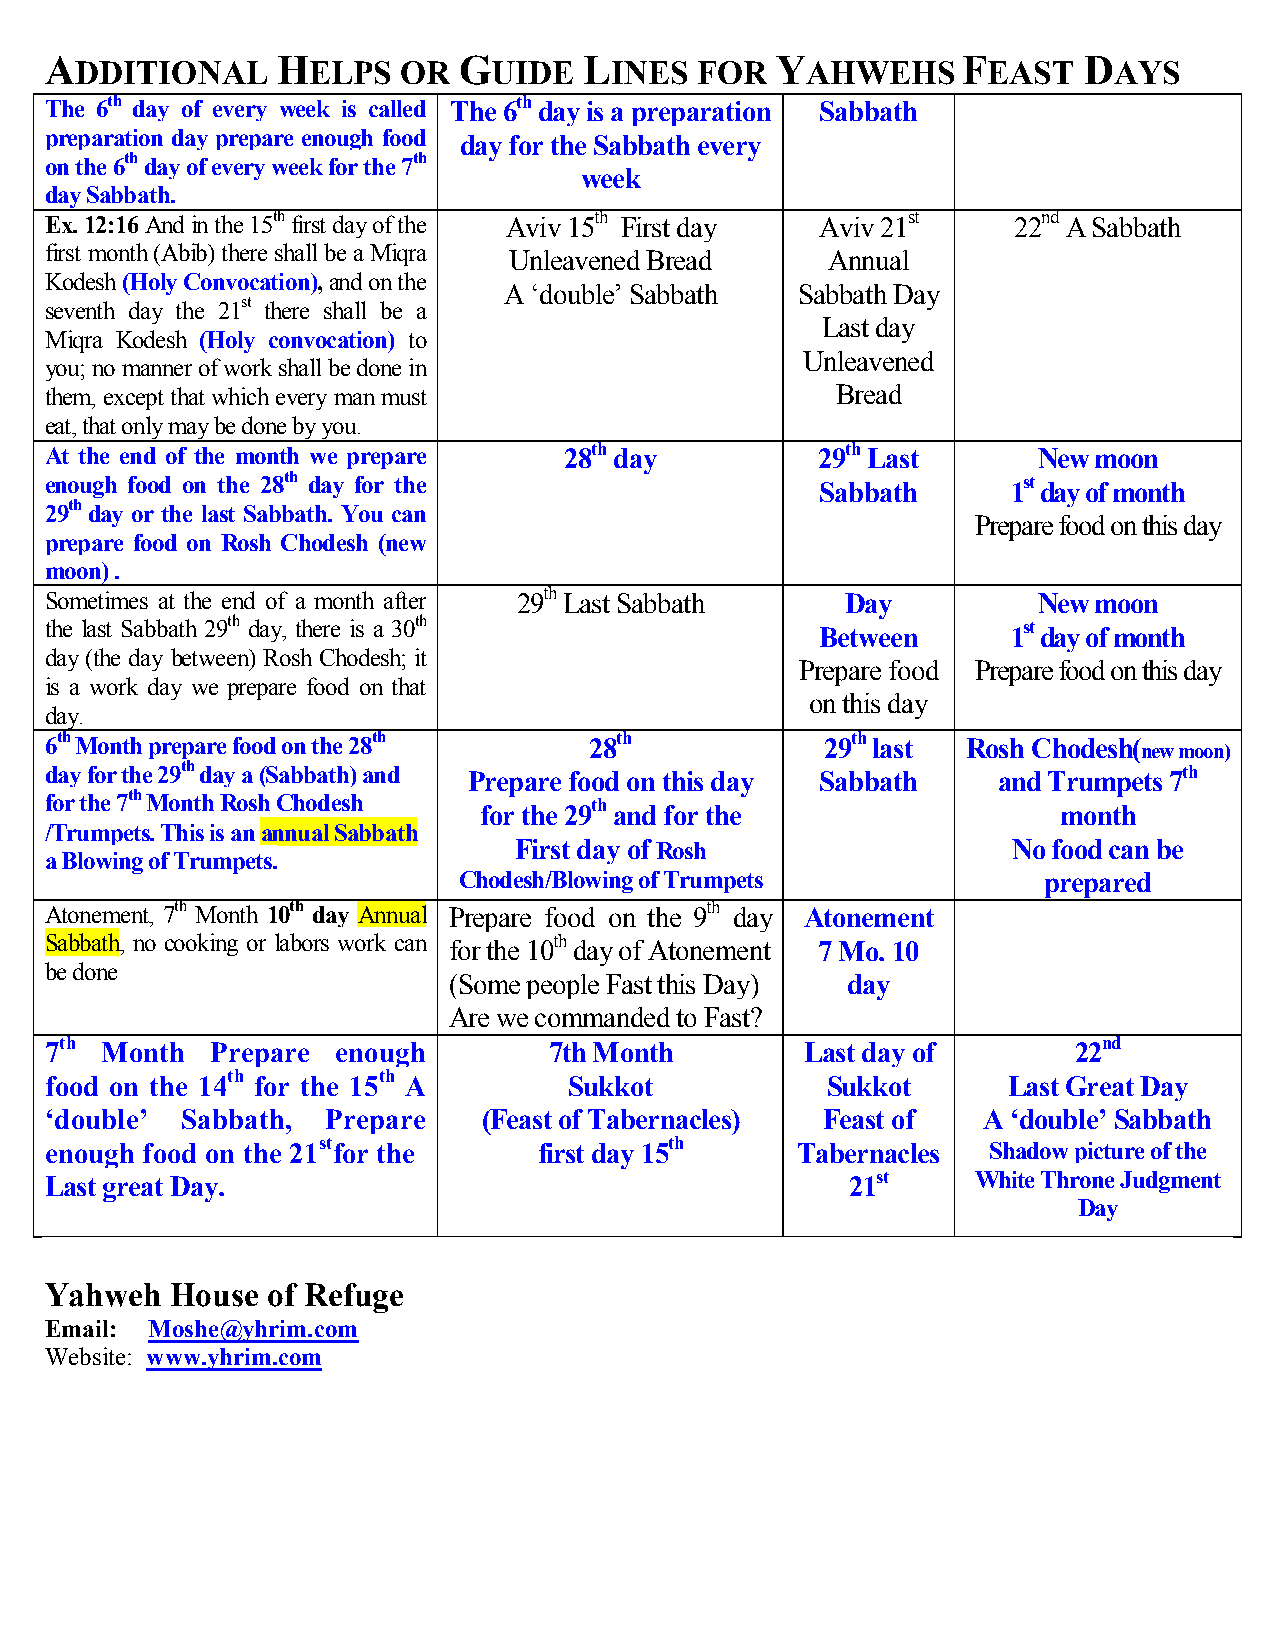
A              H           G        L           Y            F       D
 DDITIONAL      ELPS   OR    UIDE   INES  FOR    AHWEHS      EAST     AYS
 The 6th day of every week is called The 6th day is a preparation Sabbath
 preparation day prepare enough food day for the Sabbath every
 on the 6th day of every week for the 7th
 week
 day Sabbath.
 Ex. 12:16 And in the 15th first day of the Aviv 15th First day Aviv 21st 22nd A Sabbath
 first month (Abib) there shall be a Miqra Unleavened Bread Annual
 Kodesh (Holy Convocation), and on the
 A ‘double’ Sabbath  Sabbath Day
 seventh day the 21st there shall be a
 Last day
 Miqra Kodesh (Holy convocation) to
 Unleavened
 you; no manner of work shall be done in
 them, except that which every man must              Bread
 eat, that only may be done by you.
 At the end of the month we prepare 28th day        29th Last      New moon
 enough food on the 28th day for the                Sabbath      1st day of month
 29th day or the last Sabbath. You can
 Prepare food on this day
 prepare food on Rosh Chodesh (new
 moon) .
 Sometimes at the end of a month after 29th Last Sabbath Day       New moon
 the last Sabbath 29th day, there is a 30th         Between      1st day of month
 day (the day between) Rosh Chodesh; it
 Prepare food Prepare food on this day
 is a work day we prepare food on that
 on this day
 day.
 6th Month prepare food on the 28th  28th            29th last Rosh Chodesh(
 new moon)
 day for the 29th day a (Sabbath) and Prepare food on this day Sabbath and Trumpets 7th
 for the 7th Month Rosh Chodesh for the 29th and for the            month
 /Trumpets. This is an annual Sabbath
 First day of Rosh                No food can be
 a Blowing of Trumpets.
 Chodesh/Blowing of Trumpets            prepared
 Atonement, 7th Month 10th day Annual Prepare food on the 9th day Atonement
 Sabbath, no cooking or labors work can for the 10th day of Atonement 7 Mo. 10
 be done
 (Some people Fast this Day) day
 Are we commanded to Fast?
 7th Month  Prepare enough        7th Month        Last day of       22nd
 food on the 14th for the 15th A    Sukkot           Sukkot      Last Great Day
 ‘double’ Sabbath,  Prepare   (Feast of Tabernacles) Feast of  A ‘double’ Sabbath
 enough food on the 21stfor the   f i rst day 15th Tabernacles  Shadow picture of the
 Last great Day.                                      21st     White Throne Judgment
 Day
 Yahweh  House  of Refuge
 Email: Moshe@yhrim.com
 Website: www.yhrim.com